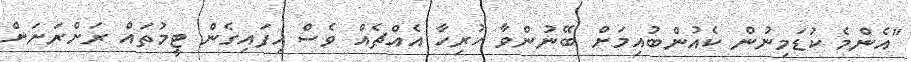
"އެންމެ ކުޑަމިނުން ކެއުންބުއިމަށް ބޭނުންވާ ހުރިހާ އެއްޗެއް ވެސް ހިފައިގެން ޓީމުތައް ރަށްރަށަށް